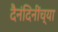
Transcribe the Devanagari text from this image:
दैनंदिनींच्या